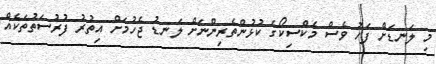
މި ލަނޑަށް ފަހު ވެސް މެކްސިކޯގެ ކުޅުންތެރިންނަށް ލަނޑު ޖެހުމަށް އިތުރު ފުރުސަތުތަކެއް